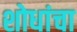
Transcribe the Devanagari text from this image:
शोधांचा